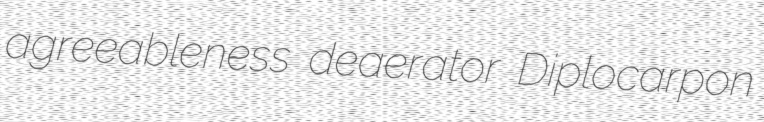
agreeableness deaerator Diplocarpon